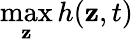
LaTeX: \operatorname*{max}_{\mathbf{z}}h(\mathbf{z},t)